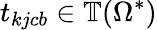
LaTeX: t_{kjcb}\in\mathbb{T}(\Omega^{*})